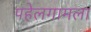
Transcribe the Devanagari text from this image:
पहेलगामला